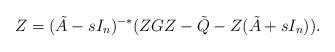
LaTeX: \begin{align*} Z = (\tilde{A}-sI_n)^{-*}(ZGZ-\tilde{Q}-Z(\tilde{A}+sI_n)).\end{align*}